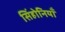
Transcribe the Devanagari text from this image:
सिंहोनियाँ